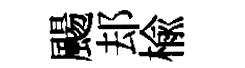
颺𨚫楡